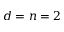
d = n = 2